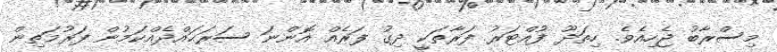
މިސްރާބު ޖެހިއެވެ. ހިތަދޫ ފުއްޓަރު ފަރާތަކީ ދިގު ފަރެއް އޮންނަ ސަރަޙައްދެއްކަމުން ފަރުމަތިން